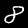
Digit: 8